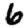
Digit: 6